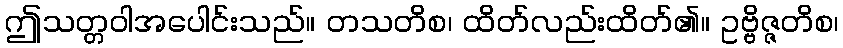
ဤသတ္တဝါအပေါင်းသည်။ တသတိစ၊ ထိတ်လည်းထိတ်၏။ ဥဗ္ဗိဇ္ဇတိစ၊